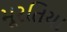
મૂરતિયા